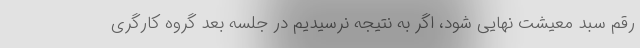
رقم سبد معیشت نهایی شود، اگر به نتیجه نرسیدیم در جلسه بعد گروه کارگری